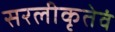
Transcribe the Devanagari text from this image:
सरलीकृतेवं